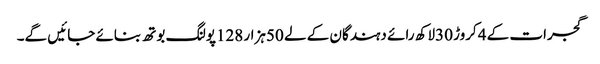
گجرات کے 4کروڑ 30لاکھ رائے دہندگان کے لے 50ہزار 128پولنگ بوتھ بنائے جائیں گے۔